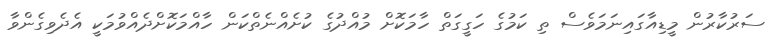
ސަރުކާރުން މީޑިއާގައިނަމަވެސް ތި ކަމުގެ ހަގީގަތް ހާމަކޮށް މުއްދުގެ ކުށެއްނެތްކަން ހާއްމަކޮށްދެއްވުމަކީ އެދެވިގެންވާ